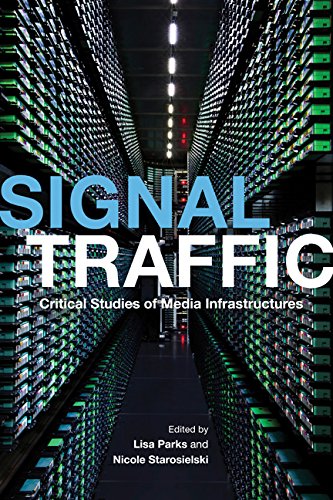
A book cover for Signal Traffic: Critical Studies of Media Infrastructures (The Geopolitics of Information); Computers & Technology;